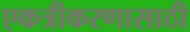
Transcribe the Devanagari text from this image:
एकत्रीकरणासाठी